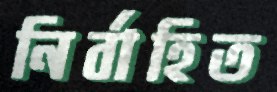
নির্বাহিত